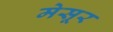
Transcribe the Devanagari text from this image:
मेसूर